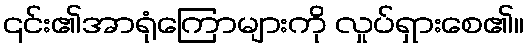
၎င်း၏အာရုံကြောများကို လှုပ်ရှားစေ၏။